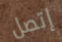
إتصل